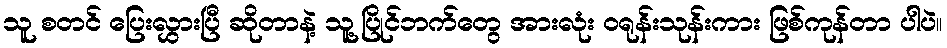
သူ စတင် ပြေးလွှားပြီ ဆိုတာနဲ့ သူ့ပြိုင်ဘက်တွေ အားလုံး ဝရုန်းသုန်းကား ဖြစ်ကုန်တာ ပါပဲ။